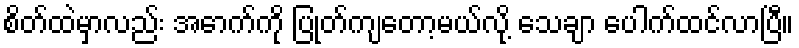
စိတ်ထဲမှာလည်း အောက်ကို ပြုတ်ကျတော့မယ်လို့ သေချာ ပေါက်ထင်လာပြီ။